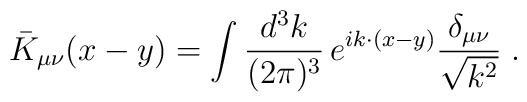
{\bar K}_{\mu \nu}(x-y) = \int \frac{d^3k}{(2\pi)^3} \, e^{i k\cdot (x-y)} \frac{ \delta_{\mu\nu}}{\sqrt{k^2}}\;.